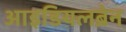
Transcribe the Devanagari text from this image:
आइडियलब्रेन